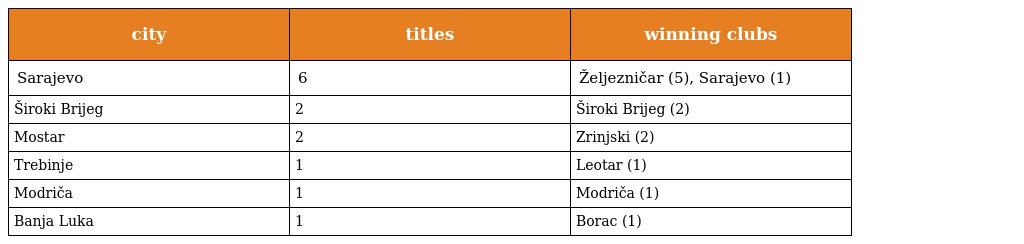
| city | titles | winning clubs |
 | --- | --- | --- |
 | Sarajevo | 6 | Željezničar (5), Sarajevo (1) |
 | Široki Brijeg | 2 | Široki Brijeg (2) |
 | Mostar | 2 | Zrinjski (2) |
 | Trebinje | 1 | Leotar (1) |
 | Modriča | 1 | Modriča (1) |
 | Banja Luka | 1 | Borac (1) |